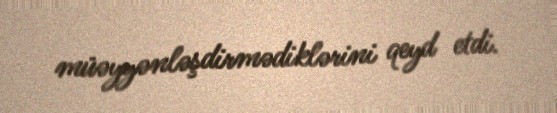
müəyyənləşdirmədiklərini qeyd etdi.